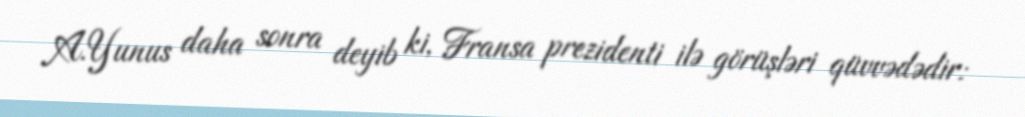
A.Yunus daha sonra deyib ki, Fransa prezidenti ilə görüşləri qüvvədədir: